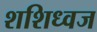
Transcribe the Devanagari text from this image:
शशिध्वज